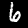
Digit: 6